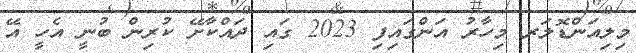
މިލިއަންޑޮލަރ މިހާރު އަންގައިފި 2023 ގައި ދައްކާށޭ ކުރިން ބުނީ އެހީ އޭ